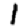
Digit: 1